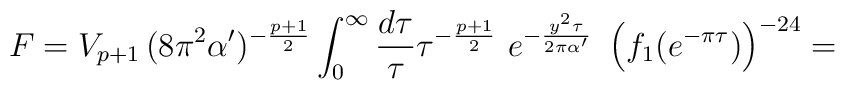
F =V_{p+1} \, (8\pi^2\alpha')^{-\frac{p+1}{2}} \int_0^\infty \frac {d\tau}{\tau} \tau^{-\frac{p+1}{2}}~e^{-\frac{y^2 \tau}{2\pi\alpha'}}~\left(f_1(e^{-\pi \tau})\right)^{-24}=